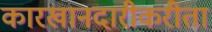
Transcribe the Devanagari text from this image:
कारखानदारीकरीता